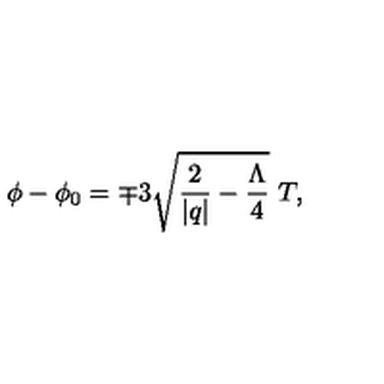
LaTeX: \phi - \phi _ { 0 } = \mp 3 \sqrt { \frac { 2 } { | q | } - \frac { \Lambda } { 4 } } \ T ,